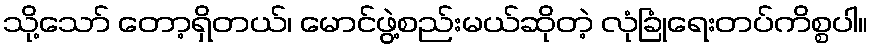
သို့သော် တော့ရှိတယ်၊ မောင်ဖွဲ့စည်းမယ်ဆိုတဲ့ လုံခြုံရေးတပ်ကိစ္စပါ။